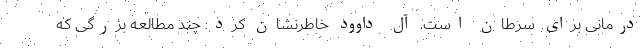
درمانی برای سرطان است. آل داوود خاطرنشان کرد: چند مطالعه بزرگی که